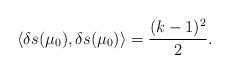
LaTeX: \begin{align*} \langle\delta s(\mu_{0}),\delta s(\mu_{ 0})\rangle=\frac{(k-1)^2}{2}.\end{align*}